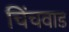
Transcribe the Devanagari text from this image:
चिंचवाड